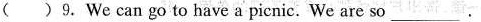
()9.We can go to have a picnic. We are so ___.